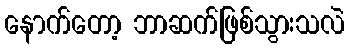
နောက်တော့ ဘာဆက်ဖြစ်သွားသလဲ